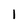
Character: l